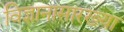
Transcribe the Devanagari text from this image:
विज्ञानासारख्या